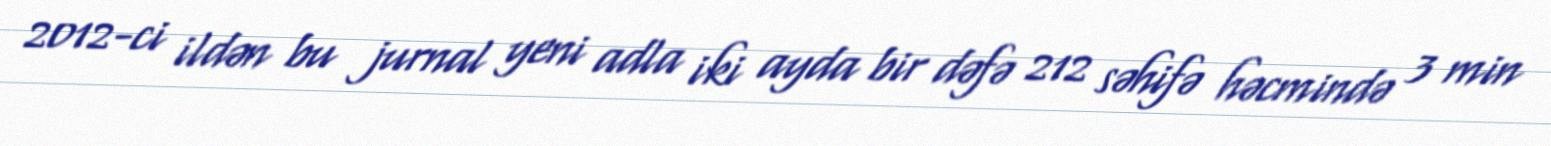
2012-ci ildən bu jurnal yeni adla iki ayda bir dəfə 212 səhifə həcmində 3 min